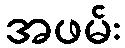
အဖမ်း